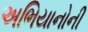
અભિયાનોની